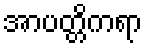
အာပတ္တိကရာ